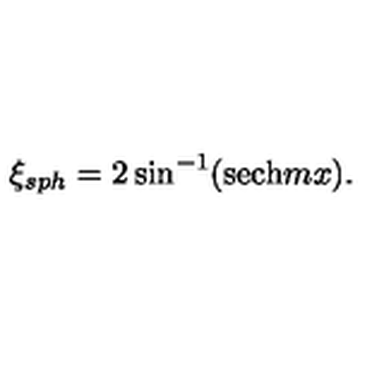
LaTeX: \xi _ { s p h } = 2 \sin ^ { - 1 } ( \mathrm { s e c h } m x ) .